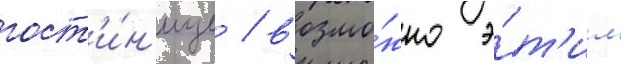
гост'и́н'ице / возмо́жно э́т'им